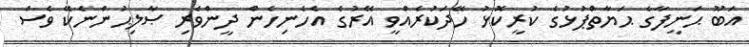
އަބޫ ޙަނީފާގެ ޙަޔާތްޕުޅުގެ ކުރީކޮޅު ހޭދަކުރެއްވީ އޭރުގެ އެހެނިހެން ދީންވެރި ޞާލިޙުންނެކޭ ވެސް